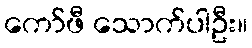
ကော်ဖီ သောက်ပါဦး။